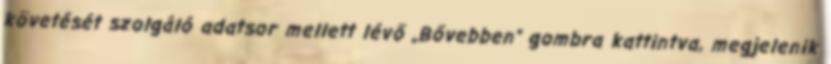
követését szolgáló adatsor mellett lévő „Bővebben” gombra kattintva, megjelenik